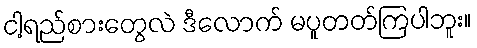
ငါ့ရည်စားတွေလဲ ဒီလောက် မပူတတ်ကြပါဘူး။